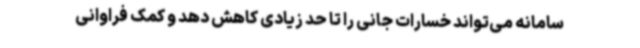
سامانه می‌تواند خسارات جانی را تا حد زیادی کاهش دهد و کمک‌ فراوانی